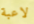
لاعبة